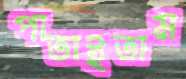
পাতাইতাম